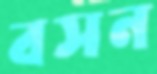
বসন